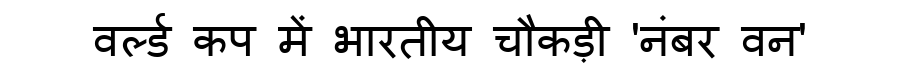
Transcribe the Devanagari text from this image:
वर्ल्ड कप में भारतीय चौकड़ी 'नंबर वन'